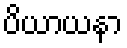
ပိယာယနာ